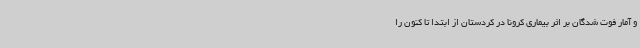
و آمار فوت شدگان بر اثر بیماری کرونا در کردستان از ابتدا تا کنون را